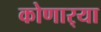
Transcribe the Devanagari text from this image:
कोणार्‍या